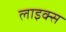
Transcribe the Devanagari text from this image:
लाइक्स